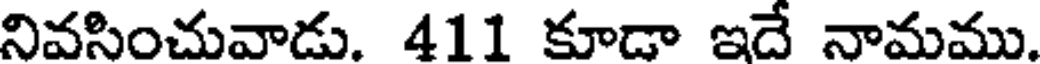
నివసించువాడు. 411 కూడా ఇదే నామము.